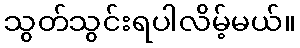
သွတ်သွင်းရပါလိမ့်မယ်။